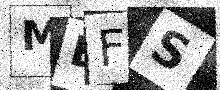
Text: MEFS